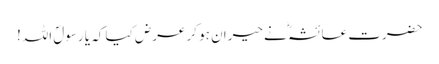
حضرت عائشہؓ نے حیران ہو کر عرض کیا کہ یا رسولؐ اللہ!